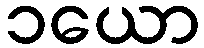
၁ယော